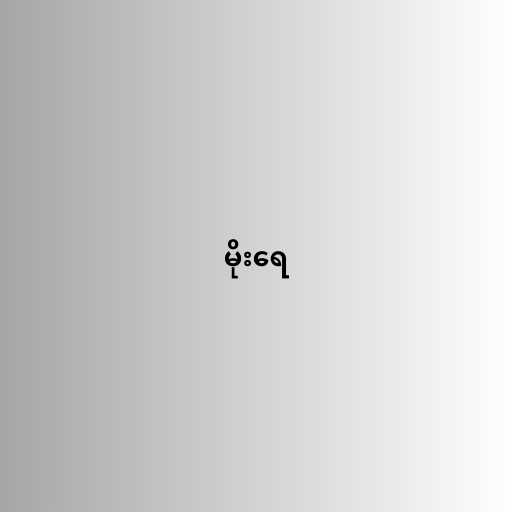
မိုးရေ